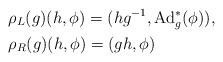
LaTeX: \begin{align*}&\rho_L(g)(h,\phi) = (hg^{-1}, \mathrm{Ad}^*_g(\phi)), \\&\rho_R(g)(h,\phi) = (gh,\phi) \end{align*}